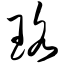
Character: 珞